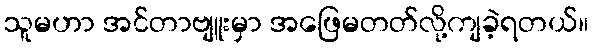
သူမဟာ အင်တာဗျူးမှာ အဖြေမတတ်လို့ကျခဲ့ရတယ်။